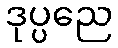
ဒုပ္ပညေ